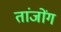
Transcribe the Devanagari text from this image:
तांजोंग